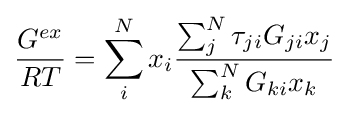
{\frac {G^{ex}}{RT}}=\sum _{i}^{N}x_{i}{\frac {\sum _{j}^{N}\tau _{ji}G_{ji}x_{j}}{\sum _{k}^{N}G_{ki}x_{k}}}